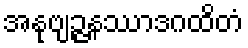
အနုဗျဉ္ဇနဿာဒဂထိတံ